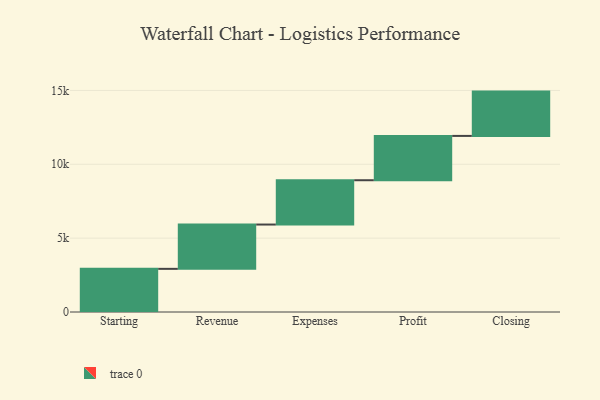
{"axis": {"x": "Step", "y": "Value"}, "legend": [""], "data": [{"x": "Starting", "y": 2921.0, "type": ""}, {"x": "Revenue", "y": 3000, "type": ""}, {"x": "Expenses", "y": 3000, "type": ""}, {"x": "Profit", "y": 3000, "type": ""}, {"x": "Closing", "y": 3000, "type": ""}]}